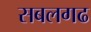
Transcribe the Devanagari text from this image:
सबलगढ